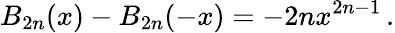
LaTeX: B_{2n}(x)-B_{2n}(-x)=-2nx^{2n-1}\, .